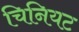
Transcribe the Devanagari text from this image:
चिनियट